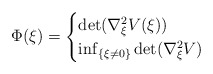
\begin{align*}\Phi(\xi) = \begin{cases} \det(\nabla_{\xi}^2V(\xi)) & \\ \inf_{\{\xi \neq 0\}} \det(\nabla_{\xi}^2V) & \end{cases}\end{align*}